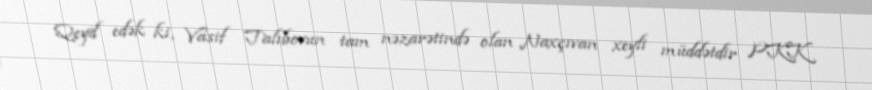
Qeyd edək ki, Vasif Talıbovun tam nəzarətində olan Naxçıvan xeyli müddətdir PKK